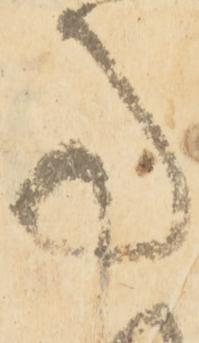
事